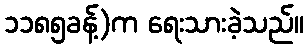
၁၁၈၅ခန့်)က ရေးသားခဲ့သည်။